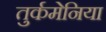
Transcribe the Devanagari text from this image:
तुर्कमेनिया